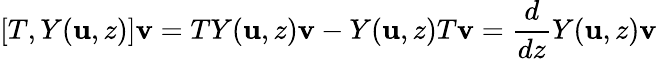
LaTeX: [T,Y(\mathbf{u},z)]\mathbf{v}=TY(\mathbf{u},z)\mathbf{v}-Y(\mathbf{u},z)T\mathbf{v}={\frac{{d}}{{dz}}}Y(\mathbf{u},z)\mathbf{v}